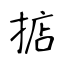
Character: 掂